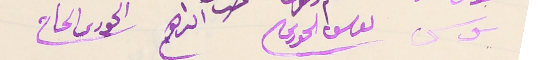
يوسى                                 ىوسف الحورى                          اىراهم                    الحورى الحاج